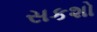
સકશો